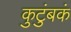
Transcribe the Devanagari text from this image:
कुटुंबकं